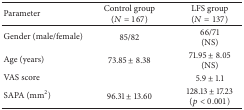
<table><thead><tr><td><b>Parameter</b></td><td><b>Control group(<i>N</i> = 167)</b></td><td><b>LFS group(<i>N</i> = 137)</b></td></tr></thead><tbody><tr><td>Gender (male/female)</td><td>85/82</td><td>66/71(NS)</td></tr><tr><td>Age (years)</td><td>73.85 ± 8.38</td><td>71.95 ± 8.05(NS)</td></tr><tr><td>VAS score</td><td> </td><td>5.9 ± 1.1</td></tr><tr><td>SAPA (mm<sup>2</sup>)</td><td>96.31 ± 13.60</td><td>128.13 ± 17.23(<i>p</i> &lt; 0.001)</td></tr></tbody></table>